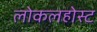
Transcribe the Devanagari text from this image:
लोकलहोस्ट